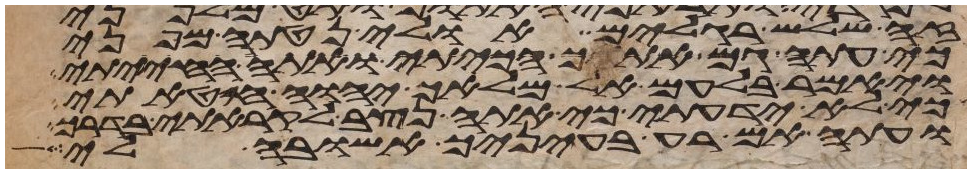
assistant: זה שלש רגלים אולי נטתה מפני
כי עתה גם אתך הכיתי ואתה החייתי
ויאמר בלעם אל מלאך יהוה חטאתי
כי לא ידעתי כי אתה נצב לקראתי בדרך
ועתה אם רעה בעיניך אשובה לי